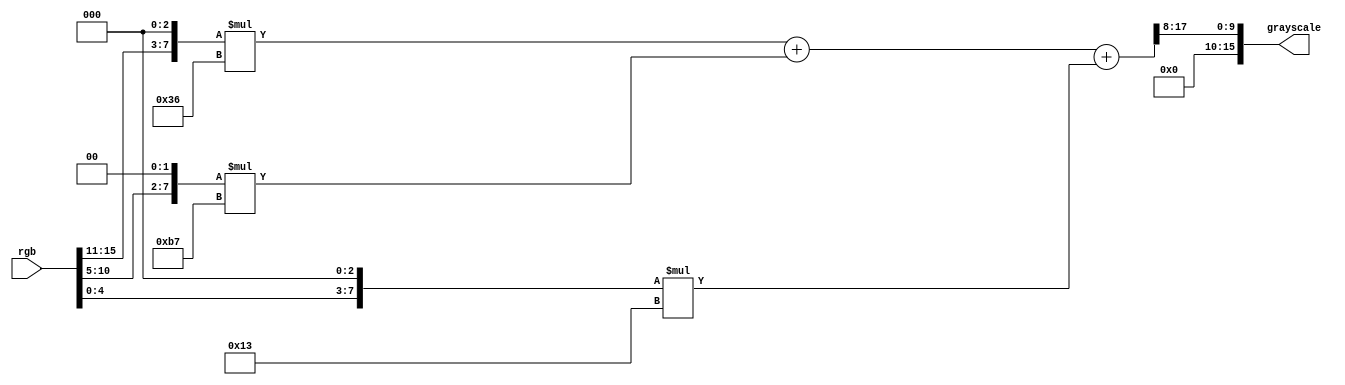
`default_nettype none
`timescale 1ns/1ps

`define SYNTH_MODE

// Using shift+add method = 80 LUT with 5.617ns
// Using cont mult + add method = 58 LUT with 4.580ns

module rgb565Grayscale(
    input wire [15:0] rgb,
    output wire [15:0] grayscale
);
 
    wire[7:0] r = rgb[15:11] << 3;
    wire[7:0] g = rgb[10:5] << 2;
    wire[7:0] b = rgb[4:0] << 3;

    // Use the synthesizer
    `ifdef SYNTH_MODE
      assign grayscale = (r * 54 + g * 183 + b * 19) >> 8;
    `else
      assign grayscale = ((b + (b << 1) + (b << 4)) +
                          (g + (g << 1) + (g << 2) + (g << 4) + (g << 5) + (g << 7)) +
                          (r + (r << 1) + (r << 2) + (r << 4) + (r << 5))) >> 8;
    `endif // SYNTH_MODE
endmodule

// Custom instruction module
module rgb565GrayscaleIse #(
  parameter [7:0] customInstructionId = 8'd00
)(
  input wire start,
  input wire[31: 0] valueA,
  input wire [7: 0] iseId,
  output reg done,
  output reg[31: 0] result
);
  wire[15: 0] grayscale;
  rgb565Grayscale pe(
      .rgb(valueA[15: 0]),
      .grayscale(grayscale)
  );

  always @(*) begin
    done = 0;
    result = 0;

    if (start && iseId == customInstructionId) begin
      result = grayscale;
      done = 1;
    end
  end
endmodule

`default_nettype wire